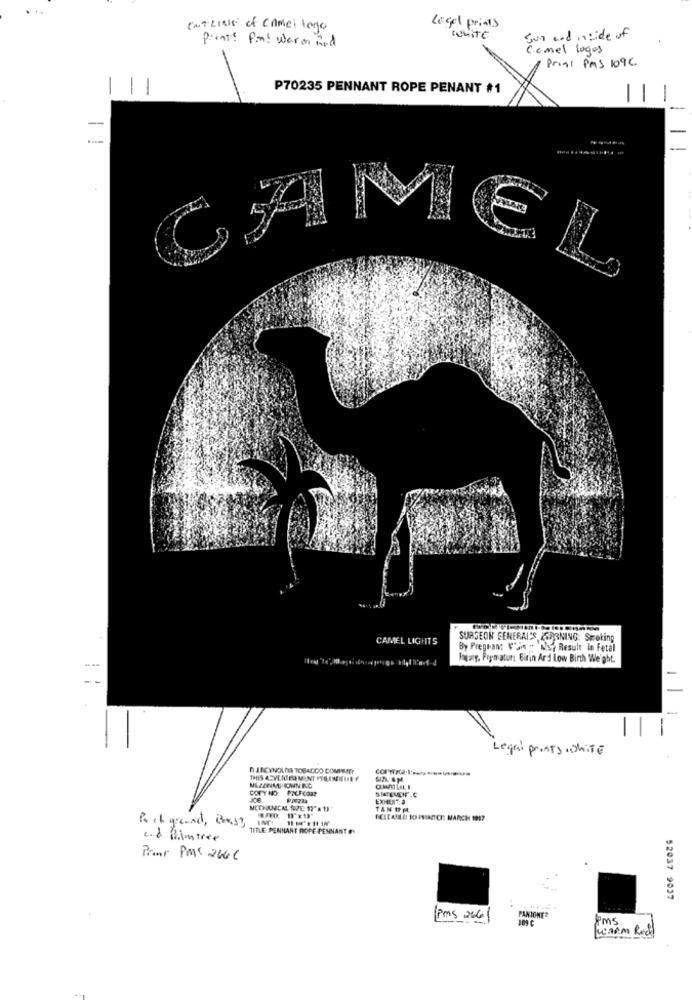
ENTLINE of CAme: lego
Legel prints
Prints Pm! warm and
Sun and inside of
Comel logos
Prigt PMS 109C
-
P70235 PENNANT ROPE PENANT #1
-
--
MEL
CAMEL LIGHITS
SURGEON GENERAL'S OPRNING: Seroting
By Pregnant V'je - Ist Result in Fetal
Injury, Prymatur: Birin Ard Low Birth Weight.
-
Legal prints .white
DARCYNOLAG TOBACCO COMPANY
DOTY NO: POCFCOa?
EXMIEN-12
TAN 1 PL
Poch greand, Boas3
IM
ICLEANLA TO PRINTCH MARCH 1957
TITLE PENNANT HOPE PENNANT ON
ed Rimtree
Paint Pmc 266€
52037 9037
PANTONE?
Pms 266
Pms
Warm Rech